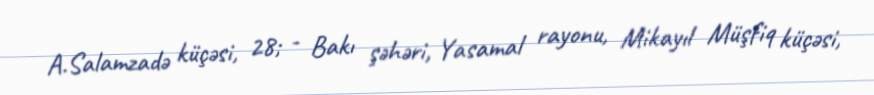
A.Salamzadə küçəsi, 28; - Bakı şəhəri, Yasamal rayonu, Mikayıl Müşfiq küçəsi,